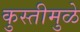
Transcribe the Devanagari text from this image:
कुस्तीमुळे